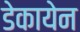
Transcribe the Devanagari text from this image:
डेकायेन